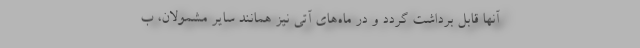
آنها قابل برداشت گردد و در ماه‌های آتی نیز همانند سایر مشمولان، ب